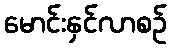
မောင်းနှင်လာစဉ်